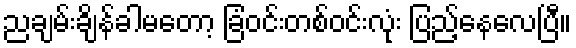
ညချမ်းချိန်ခါမတော့ ခြံဝင်းတစ်ဝင်းလုံး ပြည့်နေလေပြီ။